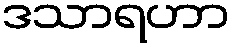
ဒသာရဟာ